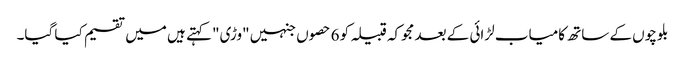
بلوچوں کے ساتھ کامیاب لڑائی کے بعد مجوکہ قبیلہ کو 6 حصوں جنہیں "وڑی" کہتے ہیں میں تقسیم کیا گیا۔